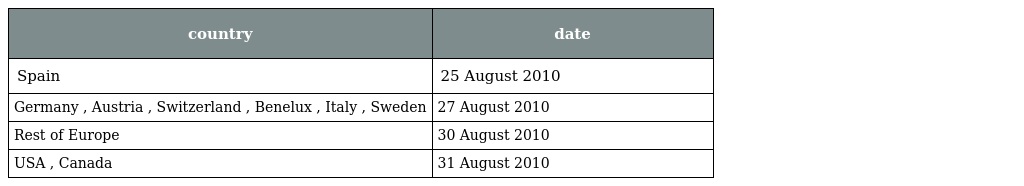
| country | date |
 | --- | --- |
 | Spain | 25 August 2010 |
 | Germany , Austria , Switzerland , Benelux , Italy , Sweden | 27 August 2010 |
 | Rest of Europe | 30 August 2010 |
 | USA , Canada | 31 August 2010 |